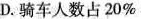
D.骑车人数占20%